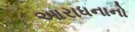
આરાધનાનો